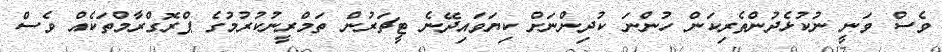
ވެސް ވަނީ ނުކުޅެދުންތެރިކަން ހުންނަ ކުދިންނަށް ކިޔަވައިދޭނެ ޓީޗަރުން ތަމްރީނުކުރުމުގެ ޕްރޮގްރާމްތަކެއް ވެސް